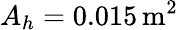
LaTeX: A_{h}=0.015\, \textrm{m}^{2}